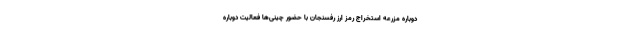
دوباره مزرعه استخراج رمز ارز رفسنجان با حضور ‌چینی‌ها فعالیت دوباره